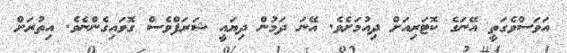
އަވަސްވެގަތީ އޭނަގެ ކޮޓަރިއަށް ދިއުމަށެވެ. އޭނަ ދަމުން ދިޔައީ ޝަރަފްވެސް ގޮވައިގެންނެވެ. އިތުރަށް